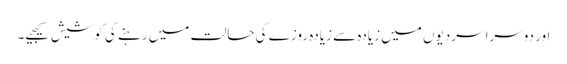
اور دوسرا سردیوں میں زیادہ سے زیادہ روزے کی حالت میں رہنے کی کوشیش کیجیے۔